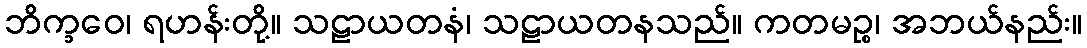
ဘိက္ခဝေ၊ ရဟန်းတို့။ သဠာယတနံ၊ သဠာယတနသည်။ ကတမဉ္စ၊ အဘယ်နည်း။